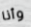
وأنا